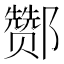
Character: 酂